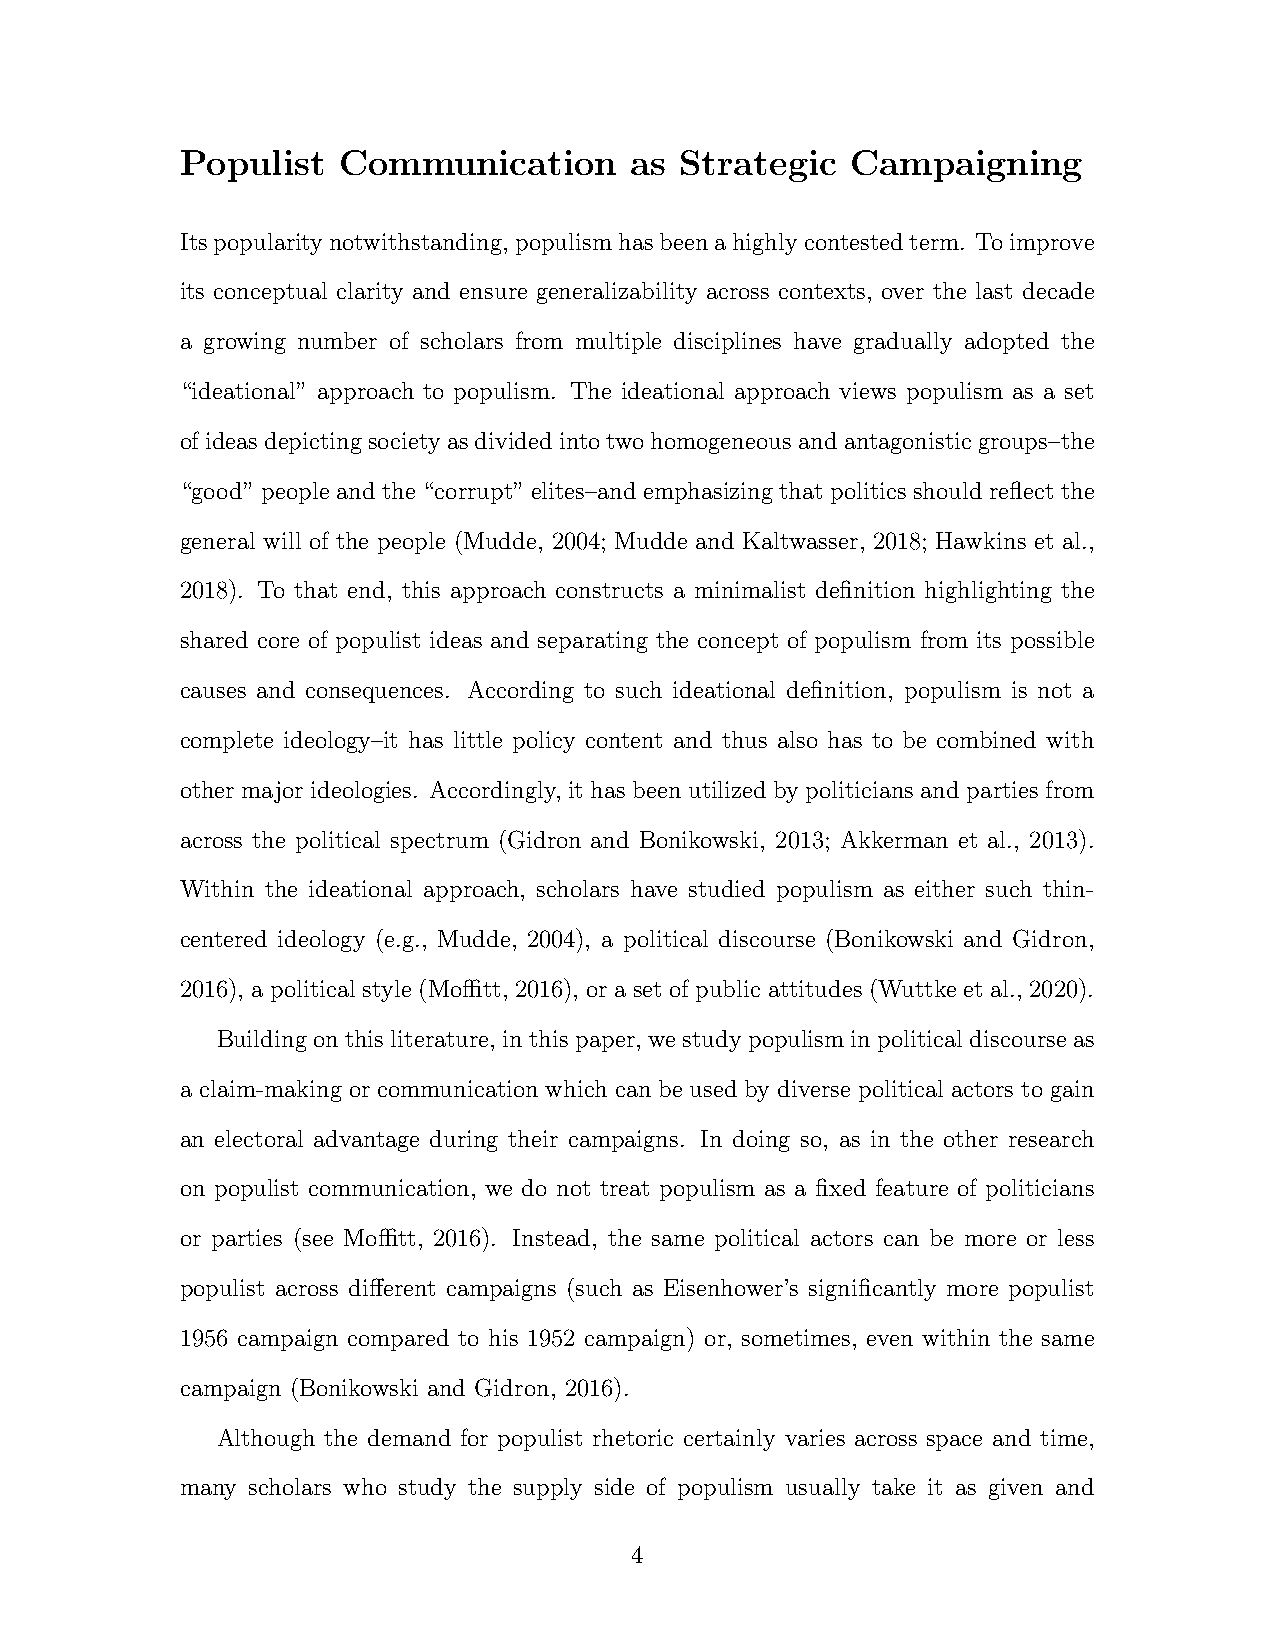
Populist  Communication       as Strategic  Campaigning
 Itspopularitynotwithstanding,populismhasbeenahighlycontestedterm. Toimprove
 its conceptual clarity and ensure generalizability across contexts, over the last decade
 a growing number of scholars from multiple disciplines have gradually adopted the
 “ideational” approach to populism. The ideational approach views populism as a set
 ofideasdepictingsocietyasdividedintotwohomogeneousandantagonisticgroups–the
 “good” people and the “corrupt” elites–and emphasizing that politics should reflect the
 general will of the people (Mudde, 2004; Mudde and Kaltwasser, 2018; Hawkins et al.,
 2018). To that end, this approach constructs a minimalist definition highlighting the
 shared core of populist ideas and separating the concept of populism from its possible
 causes and consequences. According to such ideational definition, populism is not a
 complete ideology–it has little policy content and thus also has to be combined with
 other major ideologies. Accordingly, it has been utilized by politicians and parties from
 across the political spectrum (Gidron and Bonikowski, 2013; Akkerman et al., 2013).
 Within the ideational approach, scholars have studied populism as either such thin-
 centered ideology (e.g., Mudde, 2004), a political discourse (Bonikowski and Gidron,
 2016), a political style (Moffitt, 2016), or a set of public attitudes (Wuttke et al., 2020).
 Buildingon thisliterature, in thispaper, westudypopulism inpolitical discourse as
 a claim-making or communication which can be used by diverse political actors to gain
 an electoral advantage during their campaigns. In doing so, as in the other research
 on populist communication, we do not treat populism as a fixed feature of politicians
 or parties (see Moffitt, 2016). Instead, the same political actors can be more or less
 populist across different campaigns (such as Eisenhower’s significantly more populist
 1956 campaign compared to his 1952 campaign) or, sometimes, even within the same
 campaign (Bonikowski and Gidron, 2016).
 Although the demand for populist rhetoric certainly varies across space and time,
 many scholars who study the supply side of populism usually take it as given and
 4